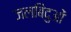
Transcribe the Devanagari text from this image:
जलबिंदुओं